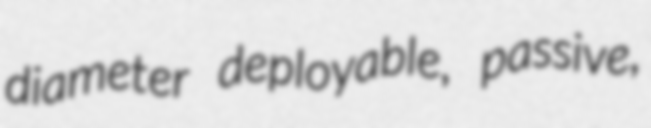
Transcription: diameter deployable, passive,